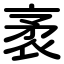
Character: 袤